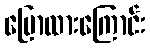
ပြောထားကြောင်း